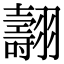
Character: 翿